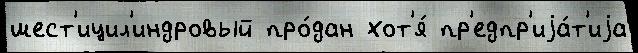
шест'ицил'индровый про́дан хот'я́ пр'едпр'иjа́т'иjа